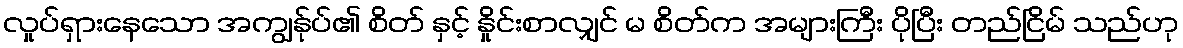
လှုပ်ရှားနေသော အကျွန်ုပ်၏ စိတ် နှင့် နှိုင်းစာလျှင် မ စိတ်က အများကြီး ပိုပြီး တည်ငြိမ် သည်ဟု